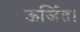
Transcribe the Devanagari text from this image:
ऊर्जित।